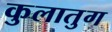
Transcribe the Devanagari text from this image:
कुलातुग